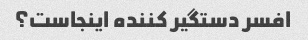
افسر دستگیر کننده اینجاست؟